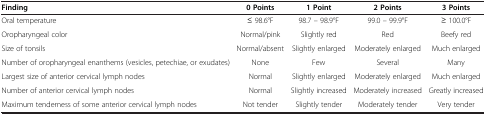
<table><thead><tr><td><b>Finding</b></td><td><b>0 Points</b></td><td><b>1 Point</b></td><td><b>2 Points</b></td><td><b>3 Points</b></td></tr></thead><tbody><tr><td>Oral temperature</td><td>≤ 98.6°F</td><td>98.7 – 98.9°F</td><td>99.0 – 99.9°F</td><td>≥ 100.0°F</td></tr><tr><td>Oropharyngeal color</td><td>Normal/pink</td><td>Slightly red</td><td>Red</td><td>Beefy red</td></tr><tr><td>Size of tonsils</td><td>Normal/absent</td><td>Slightly enlarged</td><td>Moderately enlarged</td><td>Much enlarged</td></tr><tr><td>Number of oropharyngeal enanthems (vesicles, petechiae, or exudates)</td><td>None</td><td>Few</td><td>Several</td><td>Many</td></tr><tr><td>Largest size of anterior cervical lymph nodes</td><td>Normal</td><td>Slightly enlarged</td><td>Moderately enlarged</td><td>Much enlarged</td></tr><tr><td>Number of anterior cervical lymph nodes</td><td>Normal</td><td>Slightly increased</td><td>Moderately increased</td><td>Greatly increased</td></tr><tr><td>Maximum tenderness of some anterior cervical lymph nodes</td><td>Not tender</td><td>Slightly tender</td><td>Moderately tender</td><td>Very tender</td></tr></tbody></table>